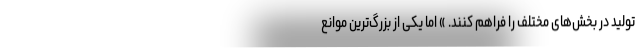
تولید در بخش‌های مختلف را فراهم کنند. » اما یکی از بزرگ‌ترین موانع